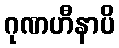
ဂုဏဟီနာပိ